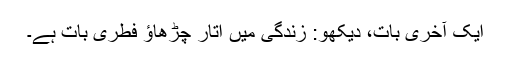
ایک آخری بات، دیکھو: زندگی میں اتار چڑھاؤ فطری بات ہے۔